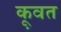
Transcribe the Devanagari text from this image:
कू़वत